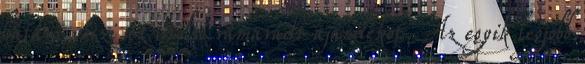
hátára veszi az utolsó rámaradt ajándékot. Az egyik legjobb